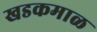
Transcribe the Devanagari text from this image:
खडकमाळ